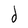
Character: d